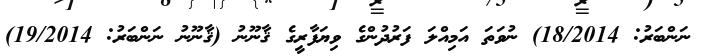
ނަންބަރު: 18/2014) ނުވަތަ އަމިއްލަ ފަރުދުންގެ ވިޔަފާރީގެ ޤާނޫނު (ޤާނޫނު ނަންބަރު: 19/2014)